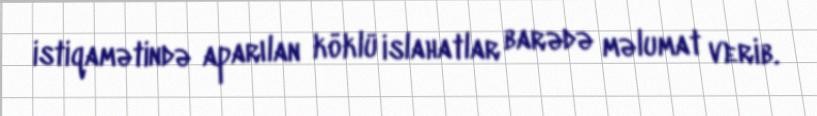
istiqamətində aparılan köklü islahatlar barədə məlumat verib.